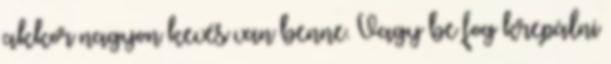
akkor nagyon kevés van benne. Vagy be fog krepálni